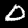
Label: 0